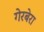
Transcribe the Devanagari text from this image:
गेरबेरा